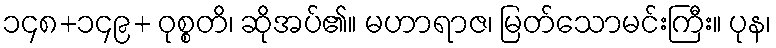
၁၄၈+၁၄၉+ ဝုစ္စတိ၊ ဆိုအပ်၏။ မဟာရာဇ၊ မြတ်သောမင်းကြီး။ ပုန၊